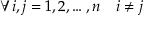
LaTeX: \forall i , j = 1 , 2 , \ldots , n \quad i \neq j